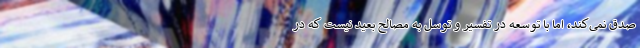
صدق نمی‌کند، اما با توسعه در تفسیر و توسل به مصالح بعید نیست که در